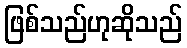
ဖြစ်သည်ဟုဆိုသည်